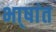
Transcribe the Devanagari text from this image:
भा्षांत